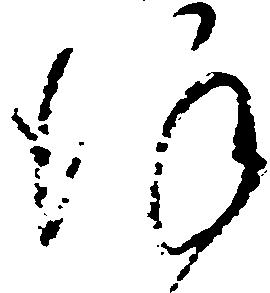
謹